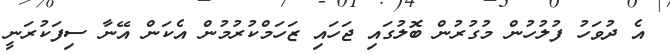
އެ ދުވަހު ފުލުހުން މުގުރުން ބޮލުގައި ޖަހައި ޒަހަމްކުރުމުން އެކަން އޭނާ ސިފަކުރަނީ